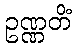
ဥဏ္ဏတိံ